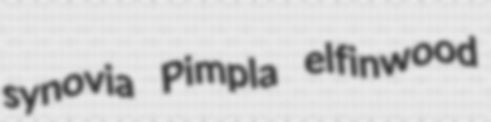
synovia Pimpla elfinwood